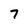
Character: 7